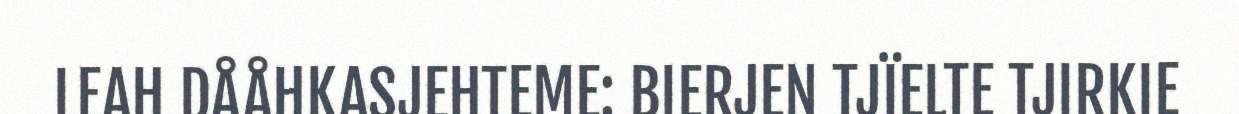
LEAH DÅÅHKASJEHTEME: BIERJEN TJÏELTE TJIRKIE